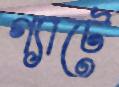
গ্যাটে